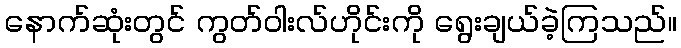
နောက်ဆုံးတွင် ကွတ်ဝါးလ်ဟိုင်းကို ရွေးချယ်ခဲ့ကြသည်။